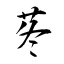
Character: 苳